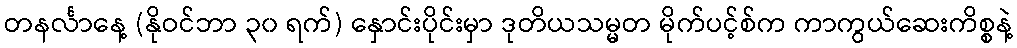
တနင်္လာနေ့ (နိုဝင်ဘာ ၃၀ ရက်) နှောင်းပိုင်းမှာ ဒုတိယသမ္မတ မိုက်ပင့်စ်က ကာကွယ်ဆေးကိစ္စနဲ့